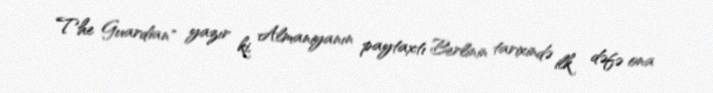
The Guardian" yazır ki, Almaniyanın paytaxtı Berlinin tarixində ilk dəfə ona